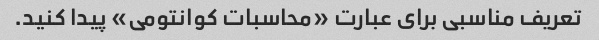
تعریف مناسبی برای عبارت «محاسبات کوانتومی» پیدا کنید.